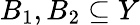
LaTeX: B_{1},B_{2}\subseteq Y